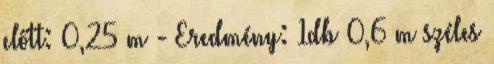
előtt: 0,25 m - Eredmény: 1db 0,6 m széles